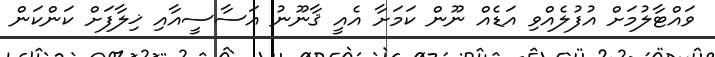
ވައްޓާލުމަށް އުފުލެއްވި އަޑެއް ނޫން ކަމަށާ އެއީ ޤާނޫނު އަސާސީއާއި ޚިލާފަށް ކަންކަން